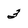
Character: 3